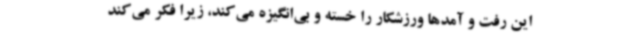
این رفت و آمدها ورزشکار را خسته و بی‌انگیزه می‌کند، زیرا فکر می‌کند